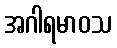
အဂါရမာဝသ